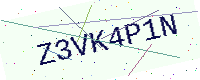
Text: Z3VK4P1N